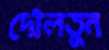
দৌলতুন